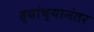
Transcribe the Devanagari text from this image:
ह्यांच्यानंतर